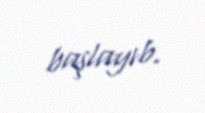
başlayıb.